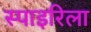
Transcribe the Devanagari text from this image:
स्पाइरिला